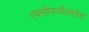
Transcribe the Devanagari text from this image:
एक्सोफथैलमोस